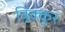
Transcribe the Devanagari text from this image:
त्र्र्र्रिक्कूर